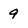
Character: 9